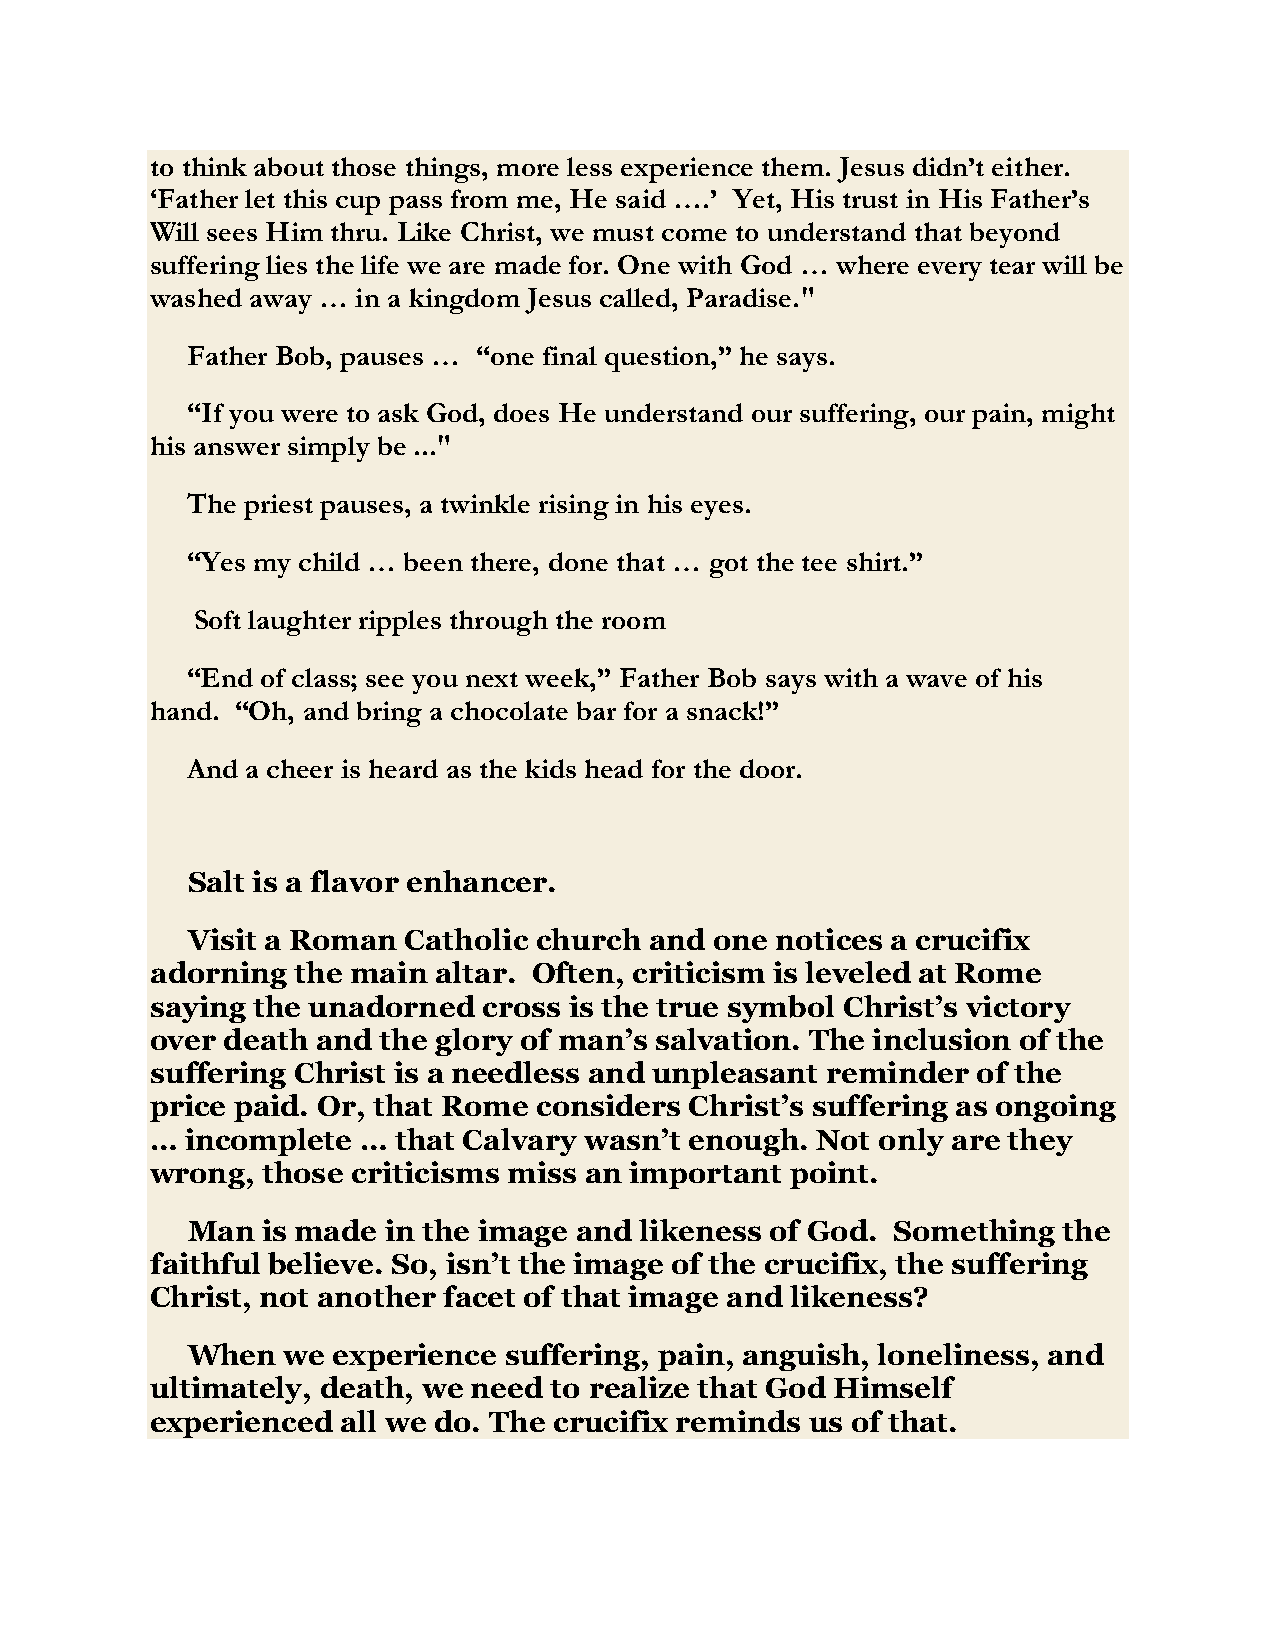
to think about those things, more less experience them. Jesus didn’t either.
 ‘Father let this cup pass from me, He said ….’ Yet, His trust in His Father’s
 Will sees Him thru. Like Christ, we must come to understand that beyond
 suffering lies the life we are made for. One with God … where every tear will be
 washed away … in a kingdom Jesus called, Paradise."
 Father Bob, pauses … “one final question,” he says.
 “If you were to ask God, does He understand our suffering, our pain, might
 his answer simply be ..."
 The priest pauses, a twinkle rising in his eyes.
 “Yes my child … been there, done that … got the tee shirt.”
 Soft laughter ripples through the room
 “End of class; see you next week,” Father Bob says with a wave of his
 hand. “Oh, and bring a chocolate bar for a snack!”
 And a cheer is heard as the kids head for the door.
 Salt is a flavor enhancer.
 Visit a Roman  Catholic church and one notices a crucifix
 adorning  the main altar. Often, criticism is leveled at Rome
 saying the unadorned  cross is the true symbol Christ’s victory
 over death and the glory of man’s salvation. The inclusion of the
 suffering Christ is a needless and unpleasant reminder of the
 price paid. Or, that Rome considers Christ’s suffering as ongoing
 … incomplete  … that Calvary wasn’t enough. Not only are they
 wrong, those criticisms miss an important point.
 Man  is made in the image and likeness of God. Something  the
 faithful believe. So, isn’t the image of the crucifix, the suffering
 Christ, not another facet of that image and likeness?
 When   we experience suffering, pain, anguish, loneliness, and
 ultimately, death, we need to realize that God Himself
 experienced  all we do. The crucifix reminds us of that.